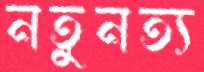
নতুনত্য